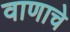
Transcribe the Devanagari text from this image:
वाणाचे